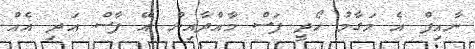
ނާއިފް އެ މަގާމު ހޯދީ ފަސް މާއްދާއިން އޭ ފާސް އަދި އެއް